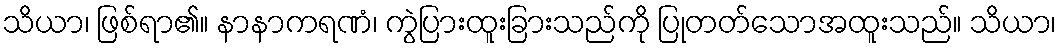
သိယာ၊ ဖြစ်ရာ၏။ နာနာကရဏံ၊ ကွဲပြားထူးခြားသည်ကို ပြုတတ်သောအထူးသည်။ သိယာ၊